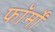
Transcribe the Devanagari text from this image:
फाॅर्मों